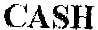
CASH